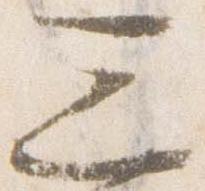
三